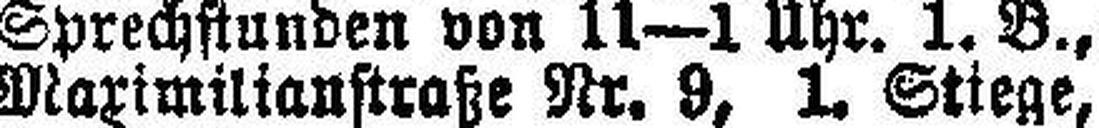
Maximilianstraße Nr. 9, 1. Stiege,